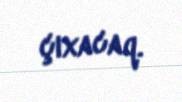
çıxacaq.